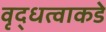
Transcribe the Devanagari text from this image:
वृद्धत्वाकडे